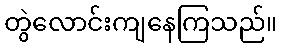
တွဲလောင်းကျနေကြသည်။